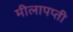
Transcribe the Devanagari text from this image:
मीलापप्ती